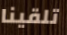
تلقينا